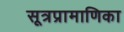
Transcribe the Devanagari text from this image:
सूत्रप्रामाणिका